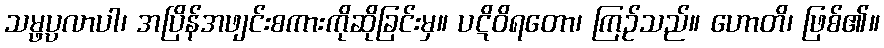
သမ္ဖပ္ပလာပါ၊ အပြိန်အဖျင်းစကားကိုဆိုခြင်းမှ။ ပဋိဝိရတော၊ ကြဉ်သည်။ ဟောတိ၊ ဖြစ်၏။